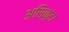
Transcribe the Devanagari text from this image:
असिकुंडा